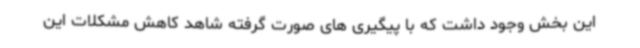
این بخش وجود داشت که با پیگیری های صورت گرفته شاهد کاهش مشکلات این